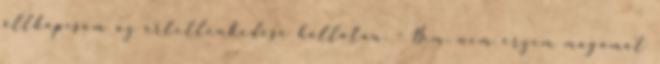
állkapcsom az értetlenkedése hallatán. - Nem, nem érzem magamat